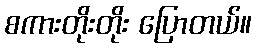
စကားတိုးတိုး ပြောတယ်။